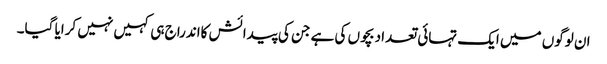
ان لوگوں میں ایک تہائی تعداد بچوں کی ہے جن کی پیدائش کااندراج ہی کہیں نہیں کرایا گیا۔